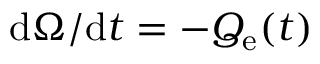
\mathrm { d } \Omega / \mathrm { d } t = - Q _ { \mathrm { e } } ( t )